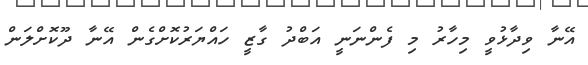
އޭނާ ވިދާޅުވީ މިހާރު މި ފެންނަނީ އަބްދު ގާޒީ ހައްޔަރުކޮށްގެން އޭނާ ދޫކޮށްލަން